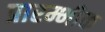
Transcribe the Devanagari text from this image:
प्रारम्भीक